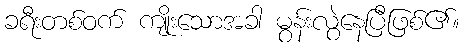
ခရီးတစ်ဝက် ကျိုးသောအခါ မွန်းလွဲနေပြီဖြစ်၏။